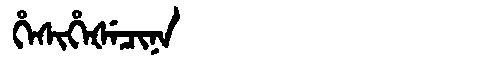
Manchu: ᡥᡝᠰᡳᡥᡝᡧᡝᠴᡳᠨᠠ
Romanization: HESIHEŠECINA